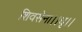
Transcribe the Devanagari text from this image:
शिवसेना।।धृ।।